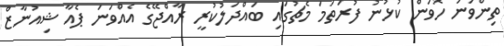
ތިންވަނަ ހޮވަން ކުޅުނު ފުރަތަމަ މެޗުގައި ބައްދަލުކުރީ ރާއްޖޭގެ އެއްވަނަ ޕެއާ ޝިއުނާޒް